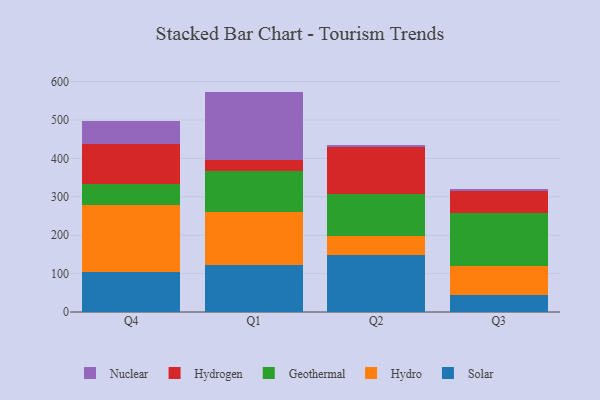
{"axis": {"x": "Quarter", "y": "Latency (ms)"}, "legend": ["Geothermal", "Hydro", "Hydrogen", "Nuclear", "Solar"], "data": [{"x": "Q4", "y": 104.8, "type": "Solar"}, {"x": "Q4", "y": 173.1, "type": "Hydro"}, {"x": "Q4", "y": 56.1, "type": "Geothermal"}, {"x": "Q4", "y": 103.6, "type": "Hydrogen"}, {"x": "Q4", "y": 59.8, "type": "Nuclear"}, {"x": "Q1", "y": 122.2, "type": "Solar"}, {"x": "Q1", "y": 137.9, "type": "Hydro"}, {"x": "Q1", "y": 106.9, "type": "Geothermal"}, {"x": "Q1", "y": 29.2, "type": "Hydrogen"}, {"x": "Q1", "y": 177.8, "type": "Nuclear"}, {"x": "Q2", "y": 149.5, "type": "Solar"}, {"x": "Q2", "y": 49.1, "type": "Hydro"}, {"x": "Q2", "y": 109.6, "type": "Geothermal"}, {"x": "Q2", "y": 121.6, "type": "Hydrogen"}, {"x": "Q2", "y": 5.2, "type": "Nuclear"}, {"x": "Q3", "y": 44.6, "type": "Solar"}, {"x": "Q3", "y": 75.7, "type": "Hydro"}, {"x": "Q3", "y": 138.6, "type": "Geothermal"}, {"x": "Q3", "y": 55.6, "type": "Hydrogen"}, {"x": "Q3", "y": 5.2, "type": "Nuclear"}]}